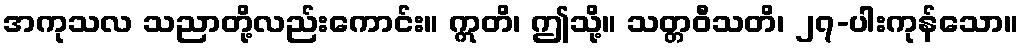
အကုသလ သညာတို့လည်းကောင်း။ ဣတိ၊ ဤသို့။ သတ္တဝီသတိ၊ ၂၇-ပါးကုန်သော။